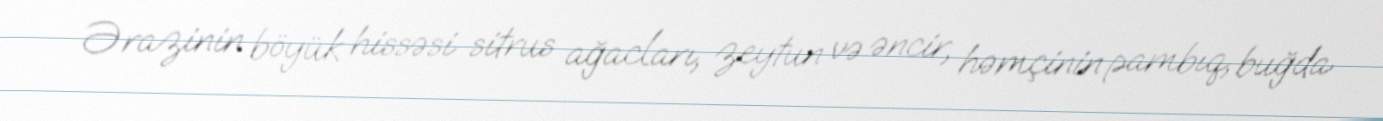
Ərazinin böyük hissəsi sitrus ağacları, zeytun və əncir, həmçinin pambıq, buğda